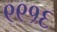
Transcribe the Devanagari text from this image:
९९१६